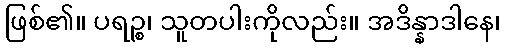
ဖြစ်၏။ ပရဉ္စ၊ သူတပါးကိုလည်း။ အဒိန္နာဒါနေ၊